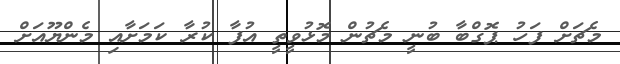
މެޗަށް ފަހު ޕޮގްބާ ބުނީ މެޗުން މޮޅުވީތީ އުފާ ކުރާ ކަމަށާއި މެންޔޫއަށް